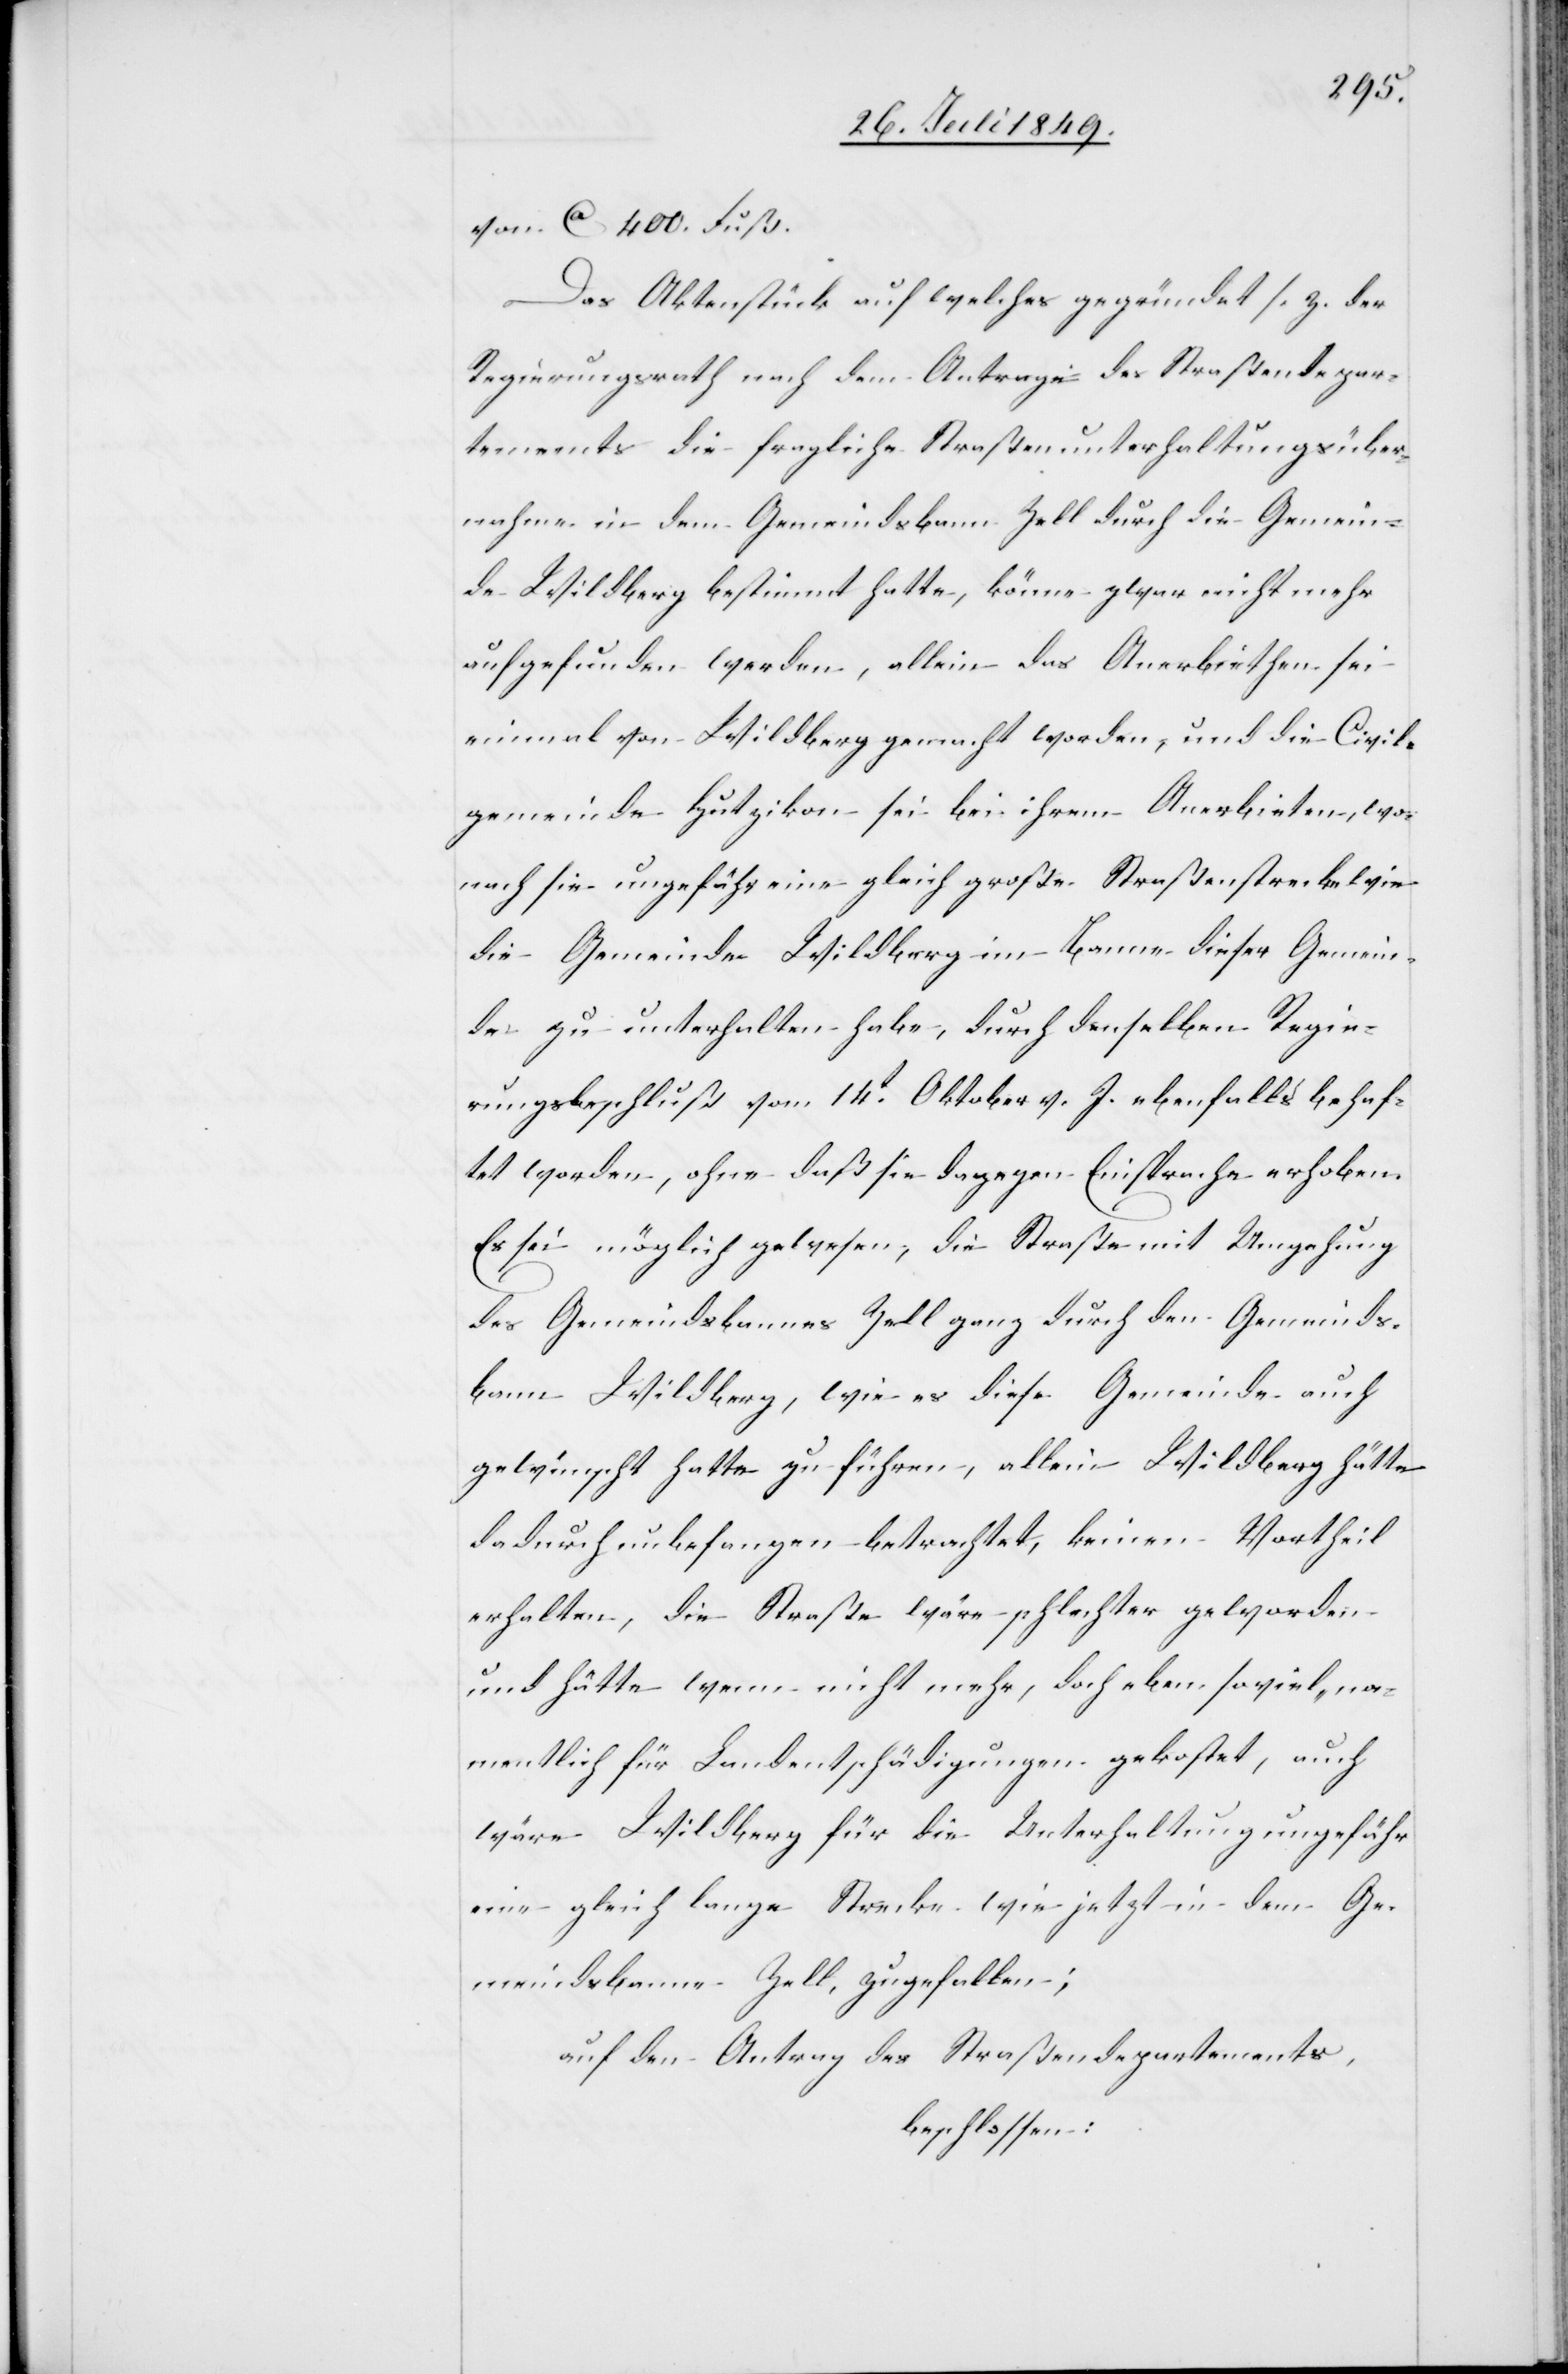
nahme
von ca 400. Fuß.
Das Aktenstück auf welches gegründet s. z. der
Regierungsrath nach dem Antrage des Straßendepar¬
tements die fragliche Straßenunterhaltungsüber¬
aufgefunden werden, allein das Anerbiethen sei
einmal von Wildberg gemacht worden, und die Civil¬
gemeinde Hutzikon sei bei ihrem Anerbieten, wo¬
nach sie ungefähr eine gleich große Straßenstrecke wie
die Gemeinde Wildberg im Banne dieser Gemein¬
de zu unterhalten habe, durch denselben Regie¬
rungsbeschluß vom 14t Oktober v. J. ebenfalls behaf¬
tet worden, ohne daß sie dagegen Einsprache erhoben.
Es sei möglich gewesen, die Straße mit Umgehung
des Gemeindsbannes Zell ganz durch den Gemeinds¬
bann Wildberg, wie es diese Gemeinde auch
gewünscht hatte zu führen, allein Wildberg hätte
dadurch unbefangen betrachtet, keinen Vortheil
erhalten, die Straße wäre schlechter geworden
und hätte wenn nicht mehr, doch eben soviel, na¬
mentlich für Landentschädigungen gekostet, auch
wäre Wildberg für die Unterhaltung ungefähr
eine gleich lange Strecke wie jetzt in dem Ge¬
meindsbanne Zell, zugefallen;
auf den Antrag des Straßendepartements,
beschlossen: